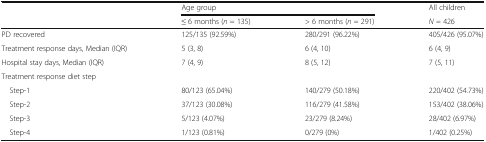
<table><thead><tr><td rowspan="2"></td><td colspan="2"><b>Age group</b></td><td><b>All children</b></td></tr><tr><td><b>≤ 6 months (<i>n</i> = 135)</b></td><td><b>&gt; 6 months (<i>n</i> = 291)</b></td><td><b><i>N</i> = 426</b></td></tr></thead><tbody><tr><td>PD recovered</td><td>125/135 (92.59%)</td><td>280/291 (96.22%)</td><td>405/426 (95.07%)</td></tr><tr><td>Treatment response days, Median (IQR)</td><td>5 (3, 8)</td><td>6 (4, 10)</td><td>6 (4, 9)</td></tr><tr><td>Hospital stay days, Median (IQR)</td><td>7 (4, 9)</td><td>8 (5, 12)</td><td>7 (5, 11)</td></tr><tr><td colspan="4">Treatment response diet step</td></tr><tr><td> Step-1</td><td>80/123 (65.04%)</td><td>140/279 (50.18%)</td><td>220/402 (54.73%)</td></tr><tr><td> Step-2</td><td>37/123 (30.08%)</td><td>116/279 (41.58%)</td><td>153/402 (38.06%)</td></tr><tr><td> Step-3</td><td>5/123 (4.07%)</td><td>23/279 (8.24%)</td><td>28/402 (6.97%)</td></tr><tr><td> Step-4</td><td>1/123 (0.81%)</td><td>0/279 (0%)</td><td>1/402 (0.25%)</td></tr></tbody></table>